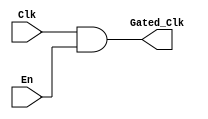
module ClockGatingCell (
    input wire Clk,          // Main clock input
    input wire En,           // Enable signal
    output wire Gated_Clk    // Gated clock output
);
    // Clock gating logic: Gated clock is the main clock when enabled
    assign Gated_Clk = Clk & En; // AND gate for clock gating
endmodule